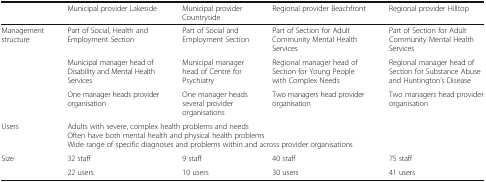
|  | Municipal provider Lakeside | Municipal provider Countryside | Regional provider Beachfront | Regional provider Hilltop |
 | --- | --- | --- | --- | --- |
 | <ROWSPAN=3> Management structure | Part of Social, Health and Employment Section | Part of Social and Employment Section | Part of Section for Adult Community Mental Health Services | Part of Section for Adult Community Mental Health Services |
 | Municipal manager head of Disability and Mental Health Services | Municipal manager head of Centre for Psychiatry | Regional manager head of Section for Young People with Complex Needs | Regional manager head of Section for Substance Abuse and Huntington’s Disease |
 | One manager heads provider organisation | One manager heads several provider organisations | Two managers head provider organisation | Two managers head provider organisation |
 | Users | <COLSPAN=4> Adults with severe, complex health problems and needsOften have both mental health and physical health problemsWide range of specific diagnoses and problems within and across provider organisations |
 | <ROWSPAN=2> Size | 32 staff | 9 staff | 40 staff | 75 staff |
 | 22 users | 10 users | 30 users | 41 users |